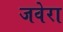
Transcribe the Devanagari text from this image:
जवेरा